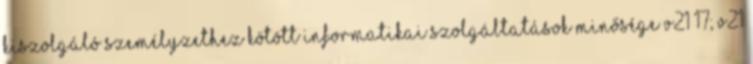
kiszolgáló személyzethez kötött informatikai szolgáltatások minősége v21 17; v21